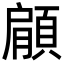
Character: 顅